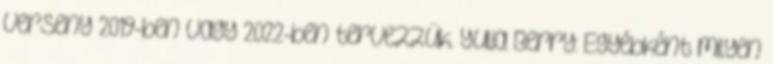
verseny 2019-ben vagy 2022-ben tervezzük. Yulia Berry: Egyébként milyen